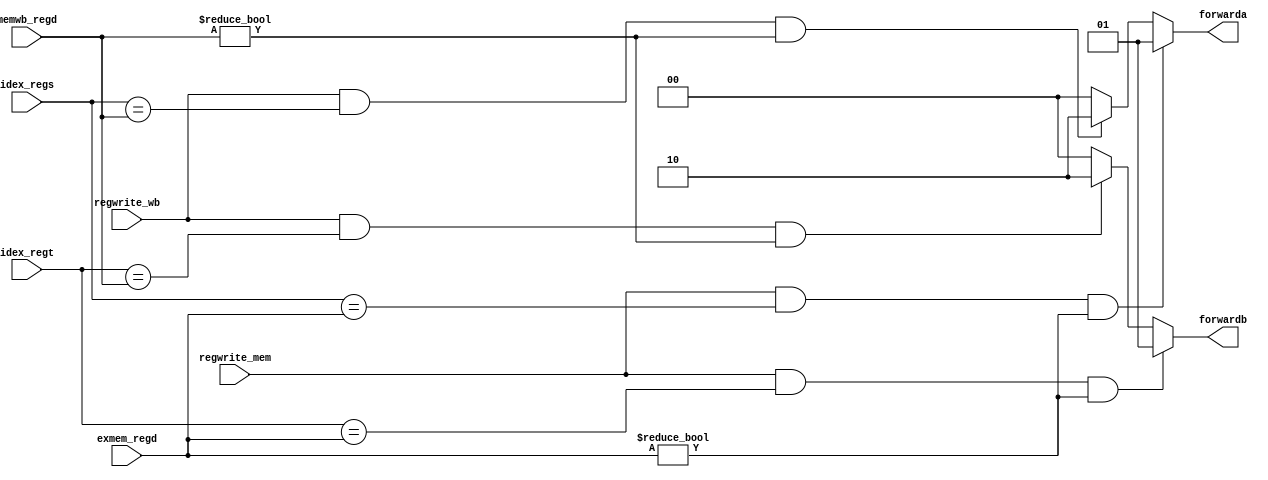
// 109550087
module Forwarding_Unit(
    regwrite_mem,
    regwrite_wb,
    idex_regs,
    idex_regt,
    exmem_regd,
    memwb_regd,
    forwarda,
    forwardb
);

input       regwrite_mem;
input       regwrite_wb;
input [4:0] idex_regs;
input [4:0] idex_regt;
input [4:0] exmem_regd;
input [4:0] memwb_regd;
output [1:0] forwarda;
output [1:0] forwardb;

reg [1:0] forwarda;
reg [1:0] forwardb;

always@(*) begin
    if(regwrite_mem == 1'b1 && idex_regs == exmem_regd && exmem_regd != 5'd0)
        forwarda <= 2'b01;
    else if(regwrite_wb == 1'b1 && idex_regs == memwb_regd && memwb_regd != 5'd0)
        forwarda <= 2'b10;
    else
        forwarda <= 2'b00;

    if(regwrite_mem == 1'b1 && idex_regt == exmem_regd && exmem_regd != 5'd0)
        forwardb <= 2'b01;
    else if(regwrite_wb == 1'b1 && idex_regt == memwb_regd && memwb_regd != 5'd0)
        forwardb <= 2'b10;
    else
        forwardb <= 2'b00;
end
endmodule